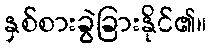
နှစ်စားခွဲခြားနိုင်၏။